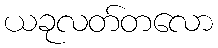
ယခုလတ်တလော